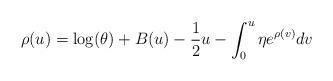
LaTeX: \begin{align*}\begin{aligned}\rho(u)= \log(\theta) + B(u) - \frac{1}{2}u -\int_0^u \eta e^{\rho(v)}dv\end{aligned}\end{align*}